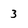
Character: 3